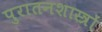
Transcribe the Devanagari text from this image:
पुरातनशास्त्रों